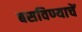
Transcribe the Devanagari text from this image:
बसविण्याचें